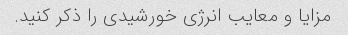
مزایا و معایب انرژی خورشیدی را ذکر کنید.